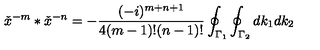
{ \check { x } } ^ { - m } \ast { \check { x } } ^ { - n } = - \frac { ( - i ) ^ { m + n + 1 } } { 4 ( m - 1 ) ! ( n - 1 ) ! } \oint _ { { \Gamma } _ { 1 } } \oint _ { { \Gamma } _ { 2 } } d k _ { 1 } d k _ { 2 }